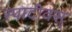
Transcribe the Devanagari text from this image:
स्पादीक्स्